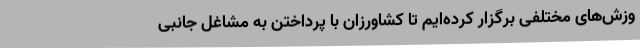
وزش‌های مختلفی برگزار کرده‌ایم تا کشاورزان با پرداختن به مشاغل جانبی